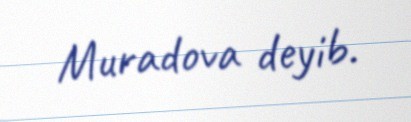
Muradova deyib.